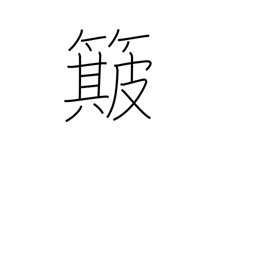
Meaning: winnow